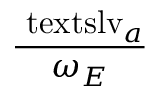
\displaystyle \frac { \mathrm { \ t e x t s l { v } } _ { a } } { \omega _ { E } }